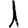
Digit: 1